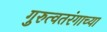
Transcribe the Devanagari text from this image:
गुरुत्वतरंगाच्या